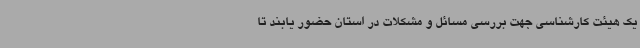
یک هیئت کارشناسی جهت بررسی مسائل و مشکلات در استان حضور یابند تا